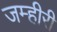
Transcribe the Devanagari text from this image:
जम्हीरी